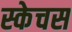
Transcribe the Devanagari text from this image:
स्केचस